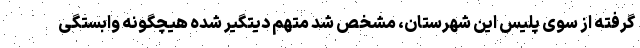
گرفته از سوی پلیس این شهرستان، مشخص شد متهم دیتگیر شده هیچگونه وابستگی